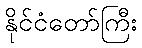
နိုင်ငံတော်ကြီး